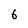
Character: 6